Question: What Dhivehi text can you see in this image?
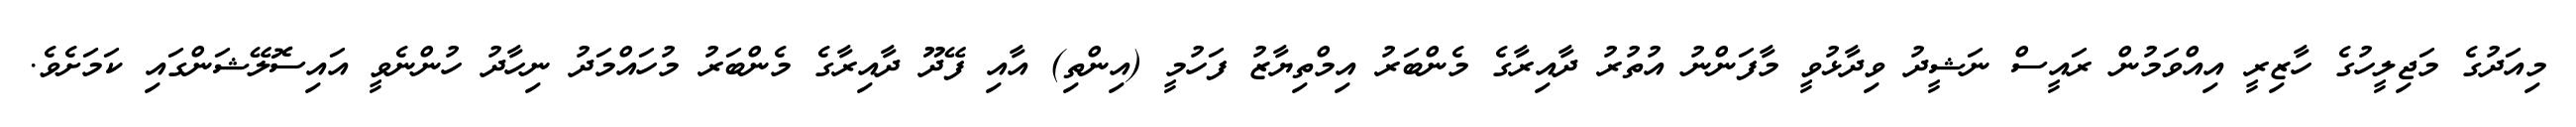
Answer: މިއަދުގެ މަޖިލީހުގެ ހާޒިރީ އިއްވަމުން ރައީސް ނަޝީދު ވިދާޅުވީ މާފަންނު އުތުރު ދާއިރާގެ މެންބަރު އިމްތިޔާޒު ފަހުމީ (އިންތި) އާއި ފޭދޫ ދާއިރާގެ މެންބަރު މުހައްމަދު ނިހާދު ހުންނެވީ އައިސޮލޭޝަންގައި ކަމަށެވެ.